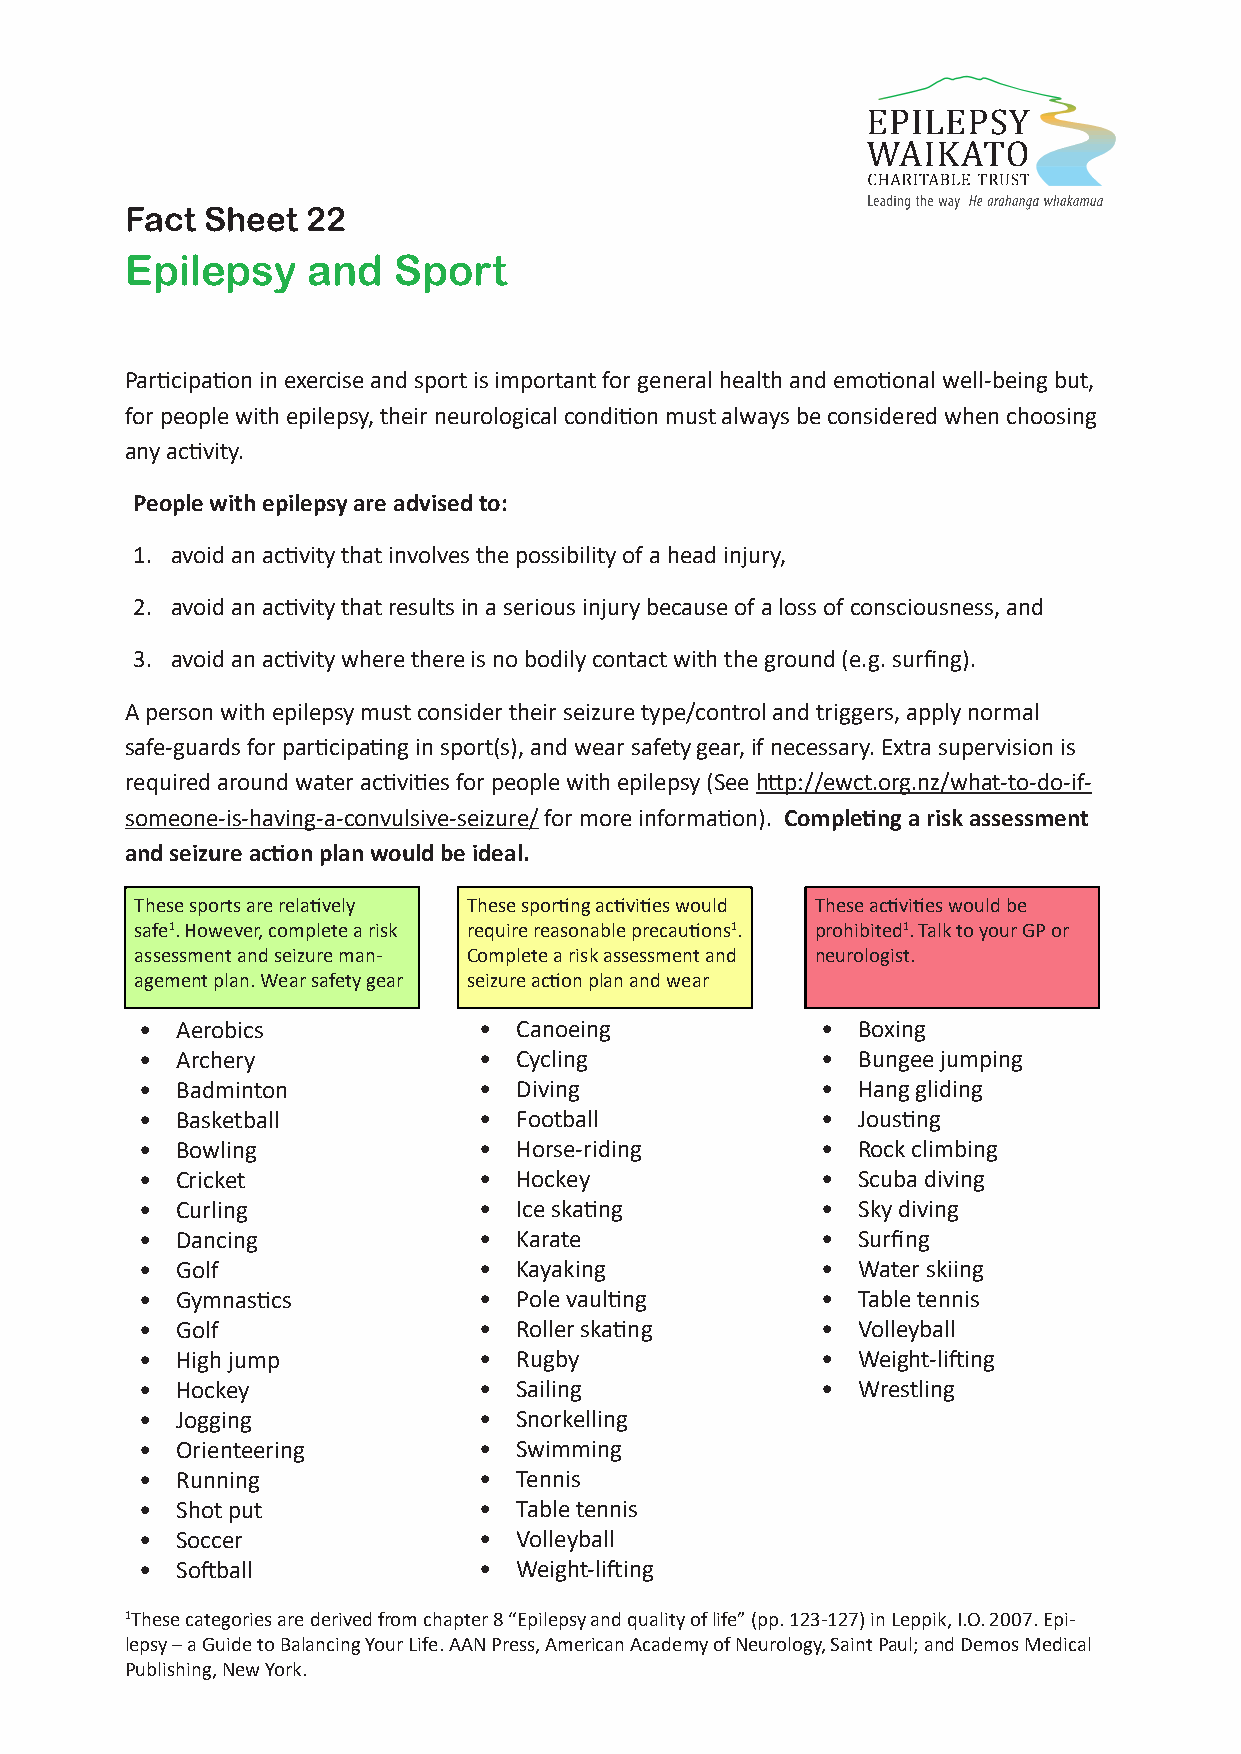
Fact  Sheet 22
 Epilepsy    and   Sport
 Participation in exercise and sport is important for general health and emotional well-being but,
 for people with epilepsy, their neurological condition must always be considered when choosing
 any activity.
 People with epilepsy are advised to:
 1. avoid an activity that involves the possibility of a head injury,
 2. avoid an activity that results in a serious injury because of a loss of consciousness, and
 3. avoid an activity where there is no bodily contact with the ground (e.g. surfing).
 A person with epilepsy must consider their seizure type/control and triggers, apply normal
 safe-guards for participating in sport(s), and wear safety gear, if necessary. Extra supervision is
 required around water activities for people with epilepsy (See http://ewct.org.nz/what-to-do-if-
 someone-is-having-a-convulsive-seizure/ for more information). Completing a risk assessment
 and seizure action plan would be ideal.
 These sports are relatively These sporting activities would These activities would be
 safe1. However, complete a risk require reasonable precautions1. prohibited1. Talk to your GP or
 assessment and seizure man- Complete a risk assessment and neurologist.
 agement plan. Wear safety gear seizure action plan and wear
 •  Aerobics            • Canoeing            •  Boxing
 •  Archery             • Cycling             •  Bungee jumping
 •  Badminton           • Diving              •  Hang gliding
 •  Basketball          • Football            •  Jousting
 •  Bowling             • Horse-riding        •  Rock climbing
 •  Cricket             • Hockey              •  Scuba diving
 •  Curling             • Ice skating         •  Sky diving
 •  Dancing             • Karate              •  Surfing
 •  Golf                • Kayaking            •  Water skiing
 •  Gymnastics          • Pole vaulting       •  Table tennis
 •  Golf                • Roller skating      •  Volleyball
 •  High jump           • Rugby               •  Weight-lifting
 •  Hockey              • Sailing             •  Wrestling
 •  Jogging             • Snorkelling
 •  Orienteering        • Swimming
 •  Running             • Tennis
 •  Shot put            • Table tennis
 •  Soccer              • Volleyball
 •  Softball            • Weight-lifting
 1These categories are derived from chapter 8 “Epilepsy and quality of life” (pp. 123-127) in Leppik, I.O. 2007. Epi- Disclaimer: this fact sheet is for educati on purposes only. Please consult your doctor or other health professional
 for advice regarding your epilepsy.
 lepsy – a Guide to Balancing Your Life. AAN Press, American Academy of Neurology, Saint Paul; and Demos Medical
 Publishing, New York.